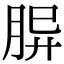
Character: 𦚪